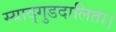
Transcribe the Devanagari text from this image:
स्याद्गुडदालिता।